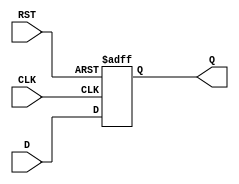
module IntermediateRegister #(
    parameter WIDTH = 8  // Parameter to define the width of the register
)(
    input wire [WIDTH-1:0] D,   // Data input
    input wire CLK,              // Clock input
    input wire RST,              // Reset input
    output reg [WIDTH-1:0] Q     // Data output
);

// Asynchronous reset behavior
always @(posedge CLK or posedge RST) begin
    if (RST) begin
        Q <= {WIDTH{1'b0}};       // Clear register to zero
    end else begin
        Q <= D;                   // Capture data on clock edge
    end
end

endmodule